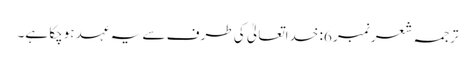
ترجمہ شعر نمبر 6: خداتعالیٰ کی طرف سے یہ عہد ہوچکا ہے۔